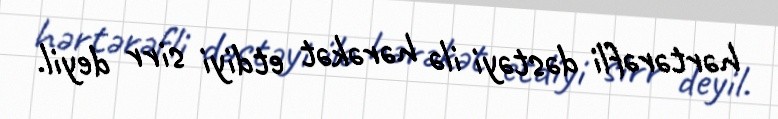
hərtərəfli dəstəyi ilə hərəkət etdiyi sirr deyil.